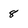
Character: 8